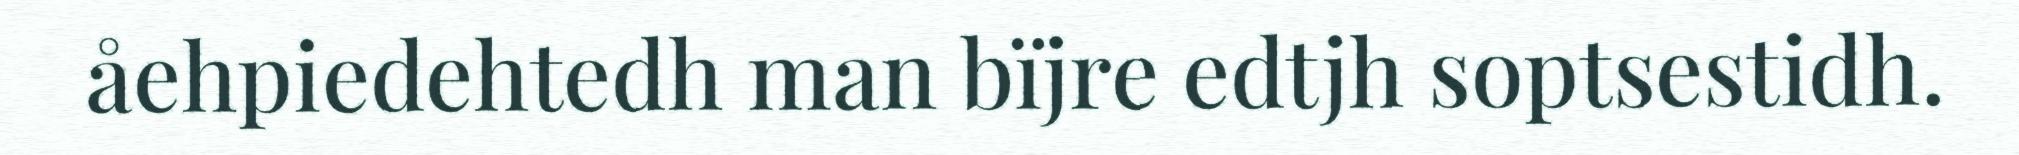
åehpiedehtedh man bïjre edtjh soptsestidh.